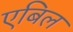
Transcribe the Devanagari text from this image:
एबिल